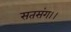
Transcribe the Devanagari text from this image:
सतसंग।।